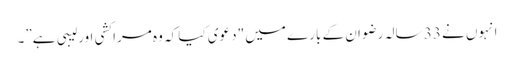
انہوں نے 33 سالہ رضوان کے بارے میں "دعوی کیا کہ وہ مراکشی اور لیبی ہے”۔